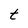
Character: t